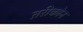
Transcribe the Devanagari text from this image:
तरीकोन